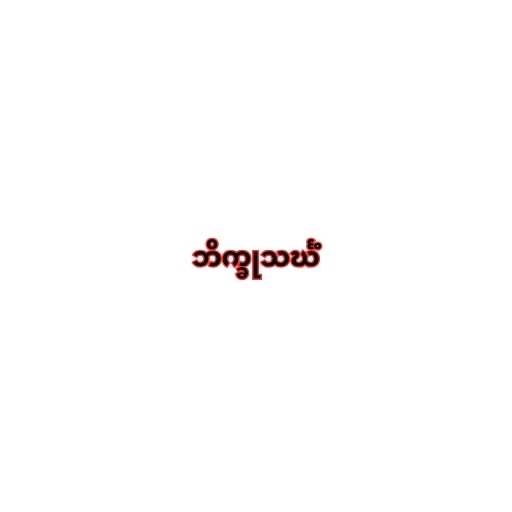
ဘိက္ခုသင်္ဃံ